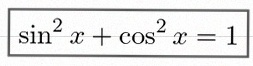
\sin^2x+\cos^2x=1